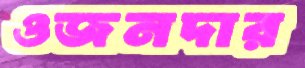
ওজনদার